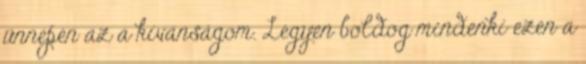
ünnepén az a kívánságom. Legyen boldog mindenki ezen a